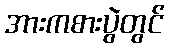
အားကစားပွဲတွင်